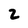
Character: 2